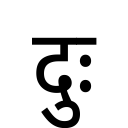
OCR:
दुः